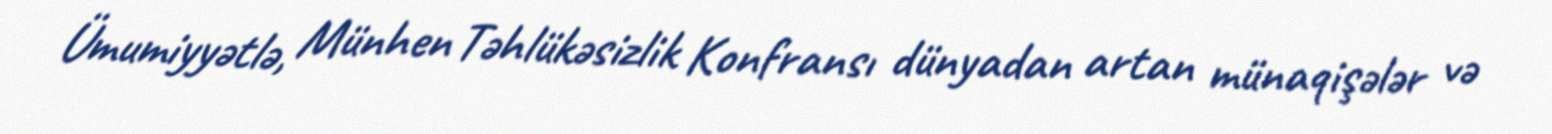
Ümumiyyətlə, Münhen Təhlükəsizlik Konfransı dünyadan artan münaqişələr və